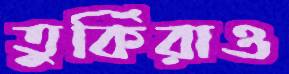
তুর্কিরাও